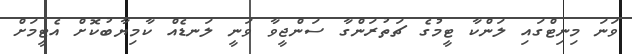
ވަނަ މިނިޓްގައި ލަންކާ ޓީމުގެ ޗަތުރަންގާ ސަންޖީވާ ވަނީ ލަނޑެއް ކާމިޔާބުކޮށް އެޓީމަށް